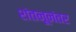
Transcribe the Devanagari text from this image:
शंतनूनंतर